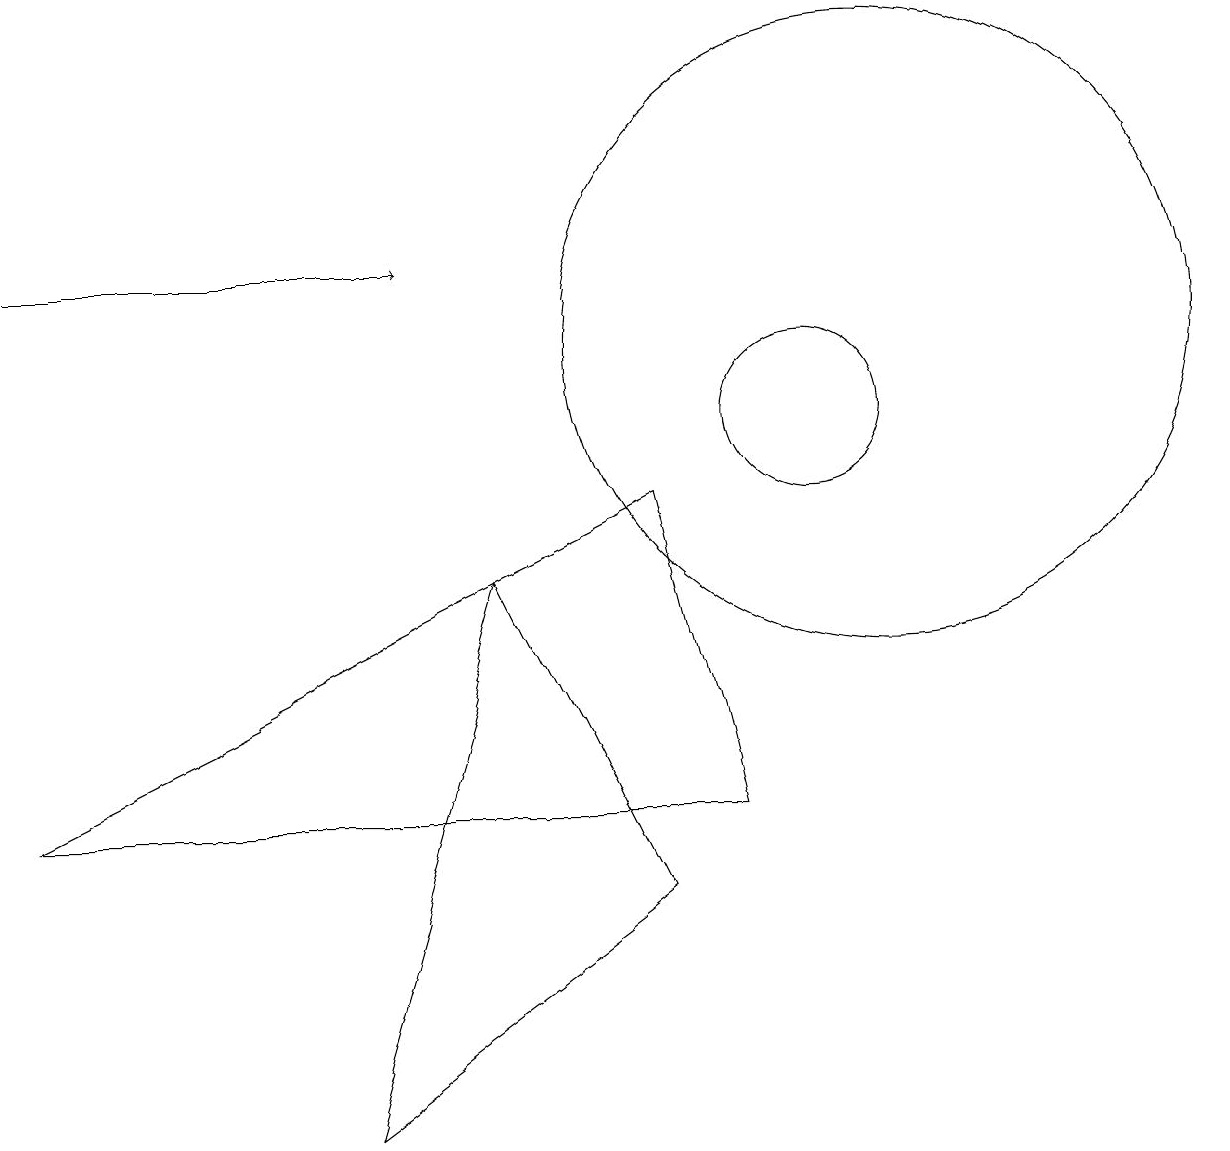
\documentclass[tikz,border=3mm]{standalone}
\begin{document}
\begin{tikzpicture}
\draw (8,4) -- (4,1) -- (6,8) -- cycle;
\draw (8,9) -- (9,5) -- (0,5) -- cycle;
\draw[->] (0,12) -- (5,12);
\draw (10,10) circle (1);
\draw (11,11) circle (4);
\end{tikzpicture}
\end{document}